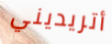
أتريديني